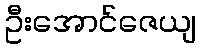
ဦးအောင်ဇေယျ